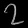
Digit: ၇